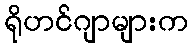
ရိုဟင်ဂျာများက